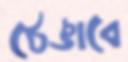
ঠেঙাবে